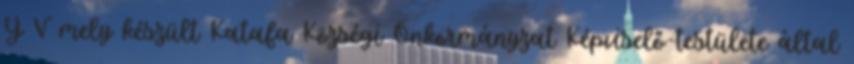
Y V mely készült Katafa Községi Önkormányzat Képviselő-testülete által